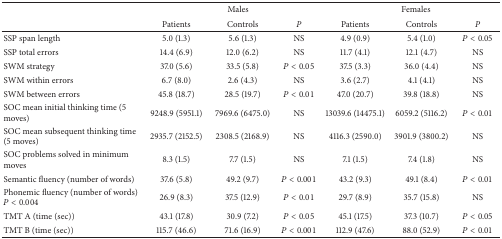
|  | <COLSPAN=3> Males | <COLSPAN=3> Females |
 |  | Patients | Controls | P | Patients | Controls | P |
 | --- | --- | --- | --- | --- | --- | --- |
 | SSP span length | 5.0 (1.3) | 5.6 (1.3) | NS | 4.9 (0.9) | 5.4 (1.0) | P < 0.05 |
 | SSP total errors | 14.4 (6.9) | 12.0 (6.2) | NS | 11.7 (4.1) | 12.1 (4.7) | NS |
 | SWM strategy | 37.0 (5.6) | 33.5 (5.8) | P < 0.05 | 37.5 (3.3) | 36.0 (4.4) | NS |
 | SWM within errors | 6.7 (8.0) | 2.6 (4.3) | NS | 3.6 (2.7) | 4.1 (4.1) | NS |
 | SWM between errors | 45.8 (18.7) | 28.5 (19.7) | P < 0.01 | 47.0 (20.7) | 39.8 (18.8) | NS |
 | SOC mean initial thinking time (5 moves) | 9248.9 (5951.1) | 7969.6 (6475.0) | NS | 13039.6 (14475.1) | 6059.2 (5116.2) | P < 0.01 |
 | SOC mean subsequent thinking time (5 moves) | 2935.7 (2152.5) | 2308.5 (2168.9) | NS | 4116.3 (2590.0) | 3901.9 (3800.2) | NS |
 | SOC problems solved in minimum moves | 8.3 (1.5) | 7.7 (1.5) | NS | 7.1 (1.5) | 7.4 (1.8) | NS |
 | Semantic fluency (number of words) | 37.6 (5.8) | 49.2 (9.7) | P < 0.001 | 43.2 (9.3) | 49.1 (8.4) | P < 0.01 |
 | Phonemic fluency (number of words)P < 0.004 | 26.9 (8.3) | 37.5 (12.9) | P < 0.01 | 29.7 (8.9) | 35.7 (15.8) | NS |
 | TMT A (time (sec)) | 43.1 (17.8) | 30.9 (7.2) | P < 0.05 | 45.1 (17.5) | 37.3 (10.7) | P < 0.05 |
 | TMT B (time (sec)) | 115.7 (46.6) | 71.6 (16.9) | P < 0.001 | 112.9 (47.6) | 88.0 (52.9) | P < 0.01 |